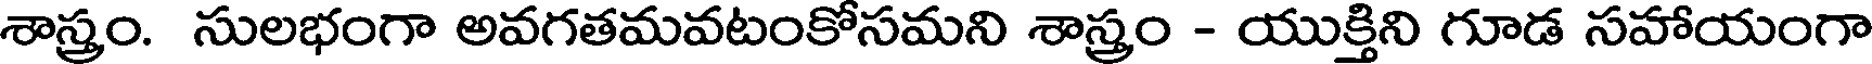
శాస్త్రం. సులభంగా అవగతమవటంకోసమని శాస్త్రం - యుక్తిని గూడ సహాయంగా